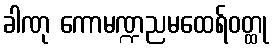
ခါဏု ကောမဏ္ဍညမထေရ်ဝတ္ထု